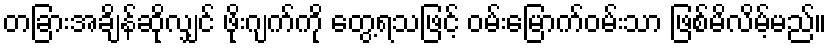
တခြားအချိန်ဆိုလျှင် ဖိုးဂျက်ကို တွေ့ရသဖြင့် ဝမ်းမြောက်ဝမ်းသာ ဖြစ်မိလိမ့်မည်။